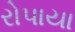
રોપાયા